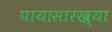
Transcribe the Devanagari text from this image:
पायासारख्या